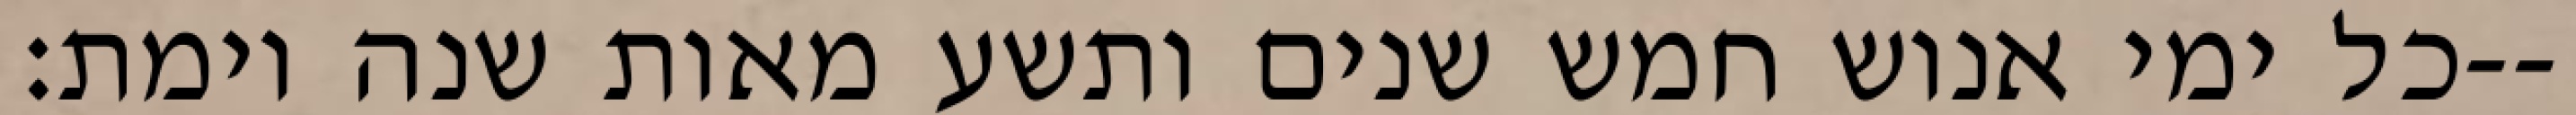
כל ימי אנוש חמש שנים ותשע מאות שנה וימת׃--